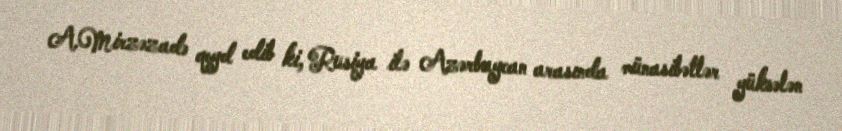
A.Mirzəzadə qeyd edib ki, Rusiya ilə Azərbaycan arasında münasibətlər yüksələn